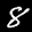
Label: 8